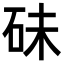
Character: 𥑘